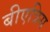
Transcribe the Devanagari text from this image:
बीएत्रिस